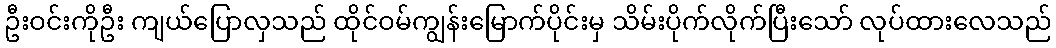
ဦးဝင်းကိုဦး ကျယ်ပြောလှသည် ထိုင်ဝမ်ကျွန်းမြောက်ပိုင်းမှ သိမ်းပိုက်လိုက်ပြီးသော် လုပ်ထားလေသည်